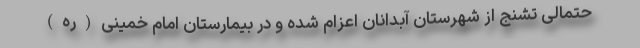
حتمالی تشنج از شهرستان آبدانان اعزام شده و در بیمارستان امام خمینی(ره)